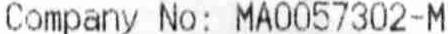
COMPANY NO: MA0057302-M